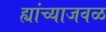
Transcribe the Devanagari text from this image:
ह्यांच्याजवळ